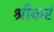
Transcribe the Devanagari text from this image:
श्रीकरं